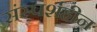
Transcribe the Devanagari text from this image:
संस्पर्शहीन